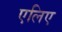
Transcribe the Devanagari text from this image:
एलिए